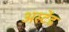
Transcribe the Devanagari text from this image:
अस्टेंड